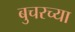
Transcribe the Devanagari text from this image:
बुचरच्या